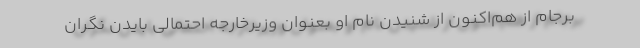
برجام از هم‌اکنون از شنیدن نام او بعنوان وزیرخارجه احتمالی بایدن نگران